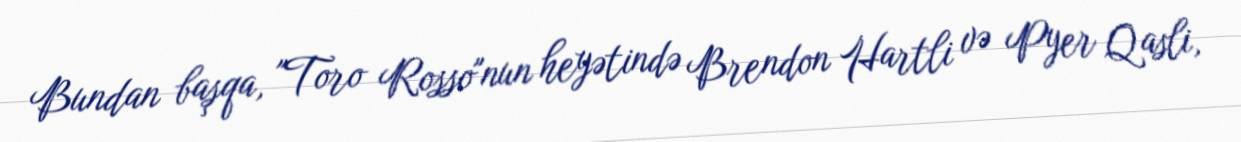
Bundan başqa, "Toro Rosso"nun heyətində Brendon Hartli və Pyer Qasli,